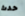
حدث